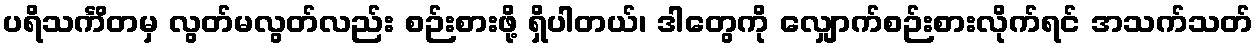
ပရိသင်္ကိတမှ လွတ်မလွတ်လည်း စဉ်းစားဖို့ ရှိပါတယ်၊ ဒါတွေကို လျှောက်စဉ်းစားလိုက်ရင် အသက်သတ်